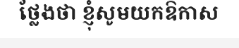
ថ្លែងថា ខ្ញុំសូមយកឱកាស